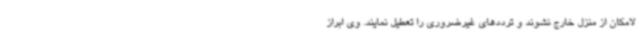
لامکان از منزل خارج نشوند و ترددهای غیرضروری را تعطیل نمایند. وی ابراز